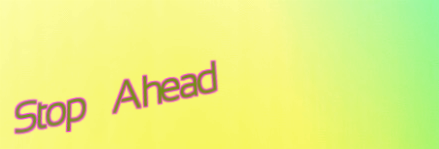
Stop Ahead